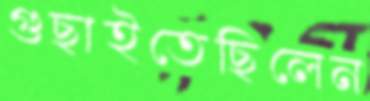
গুছাইতেছিলেন